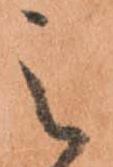
之